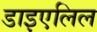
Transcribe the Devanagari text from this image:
डाइएलिल